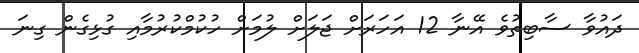
ދައުވާ ސާބިތުވެ އޭނާ 12 އަހަރަށް ޖަލަށް ލުމަށް ހުކުމްކުރުމާއި ގުޅިގެން ގިނަ